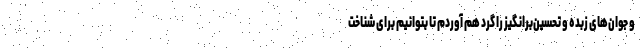
و جوان‌های زبده و تحسین‌برانگیز را گرد هم آوردم تا بتوانیم برای شناخت